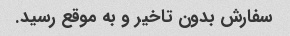
سفارش بدون تاخیر و به موقع رسید.